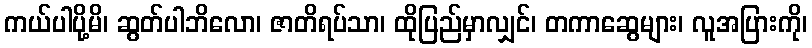
ကယ်ပါပို့မိ၊ ဆွတ်ပါဘိလော၊ ဇာတိရပ်သာ၊ ထိုပြည်မှာလျှင်၊ တကာဆွေများ၊ လူအပြားကို၊